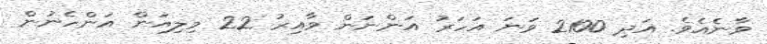
ވާނެއެވެ. އަދި 2100 ވަނަ އަހަރު އަންނަން ވާއިރު 22 މިލިއަން އަންހެނުން